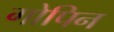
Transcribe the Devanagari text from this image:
गोपिन